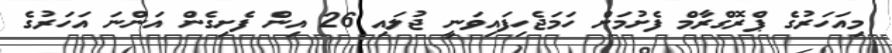
މިއަހަރުގެ ޕްރޮގްރާމް ފެށުމަށް ހަމަޖެހިފައިވަނީ ޖުލައި 26 އިން ފެށިގެން އަންނަ އަހަރުގެ